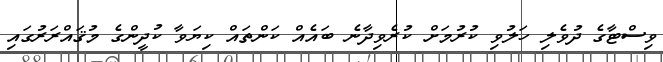
ވިސްޓާގެ ދުވެލި ހަލުވި ކުރުމަށް ކުރެވިދާނެ ބައެއް ކަންތައް ކިޔަވާ ކުދީންގެ މުޤައްރަރުގައި